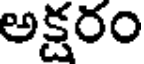
అక్షరం